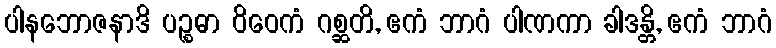
ပါနဘောဇနာဒိ ပဉ္စဓာ ဝိဝေကံ ဂစ္ဆတိ, ဧကံ ဘာဂံ ပါဏကာ ခါဒန္တိ, ဧကံ ဘာဂံ